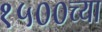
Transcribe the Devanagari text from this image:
१५००च्या